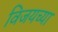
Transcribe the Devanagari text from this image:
विजयच्या